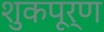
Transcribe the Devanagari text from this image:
शुकपूर्ण